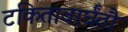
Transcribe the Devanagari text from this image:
टकितावार्घंतौ